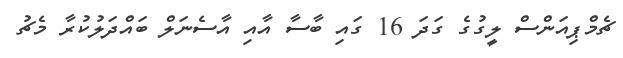
ޗެމްޕިއަންސް ލީގުގެ ގަދަ 16 ގައި ބާސާ އާއި އާސެނަލް ބައްދަލުކުރާ މެޗު